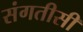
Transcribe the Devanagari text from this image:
संगतीसी